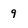
Character: 9